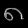
Digit: ၈